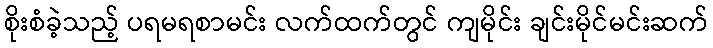
စိုးစံခဲ့သည့် ပရမရစာမင်း လက်ထက်တွင် ကျမိုင်း ချင်းမိုင်မင်းဆက်